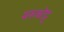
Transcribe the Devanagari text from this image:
मरुकोट्ट